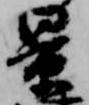
景